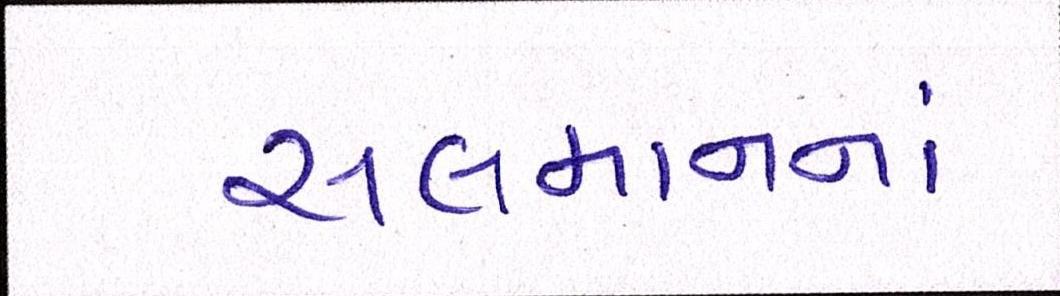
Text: સલમાનનાં